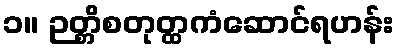
၁။ ဉတ္တိစတုတ္ထကံဆောင်ရဟန်း